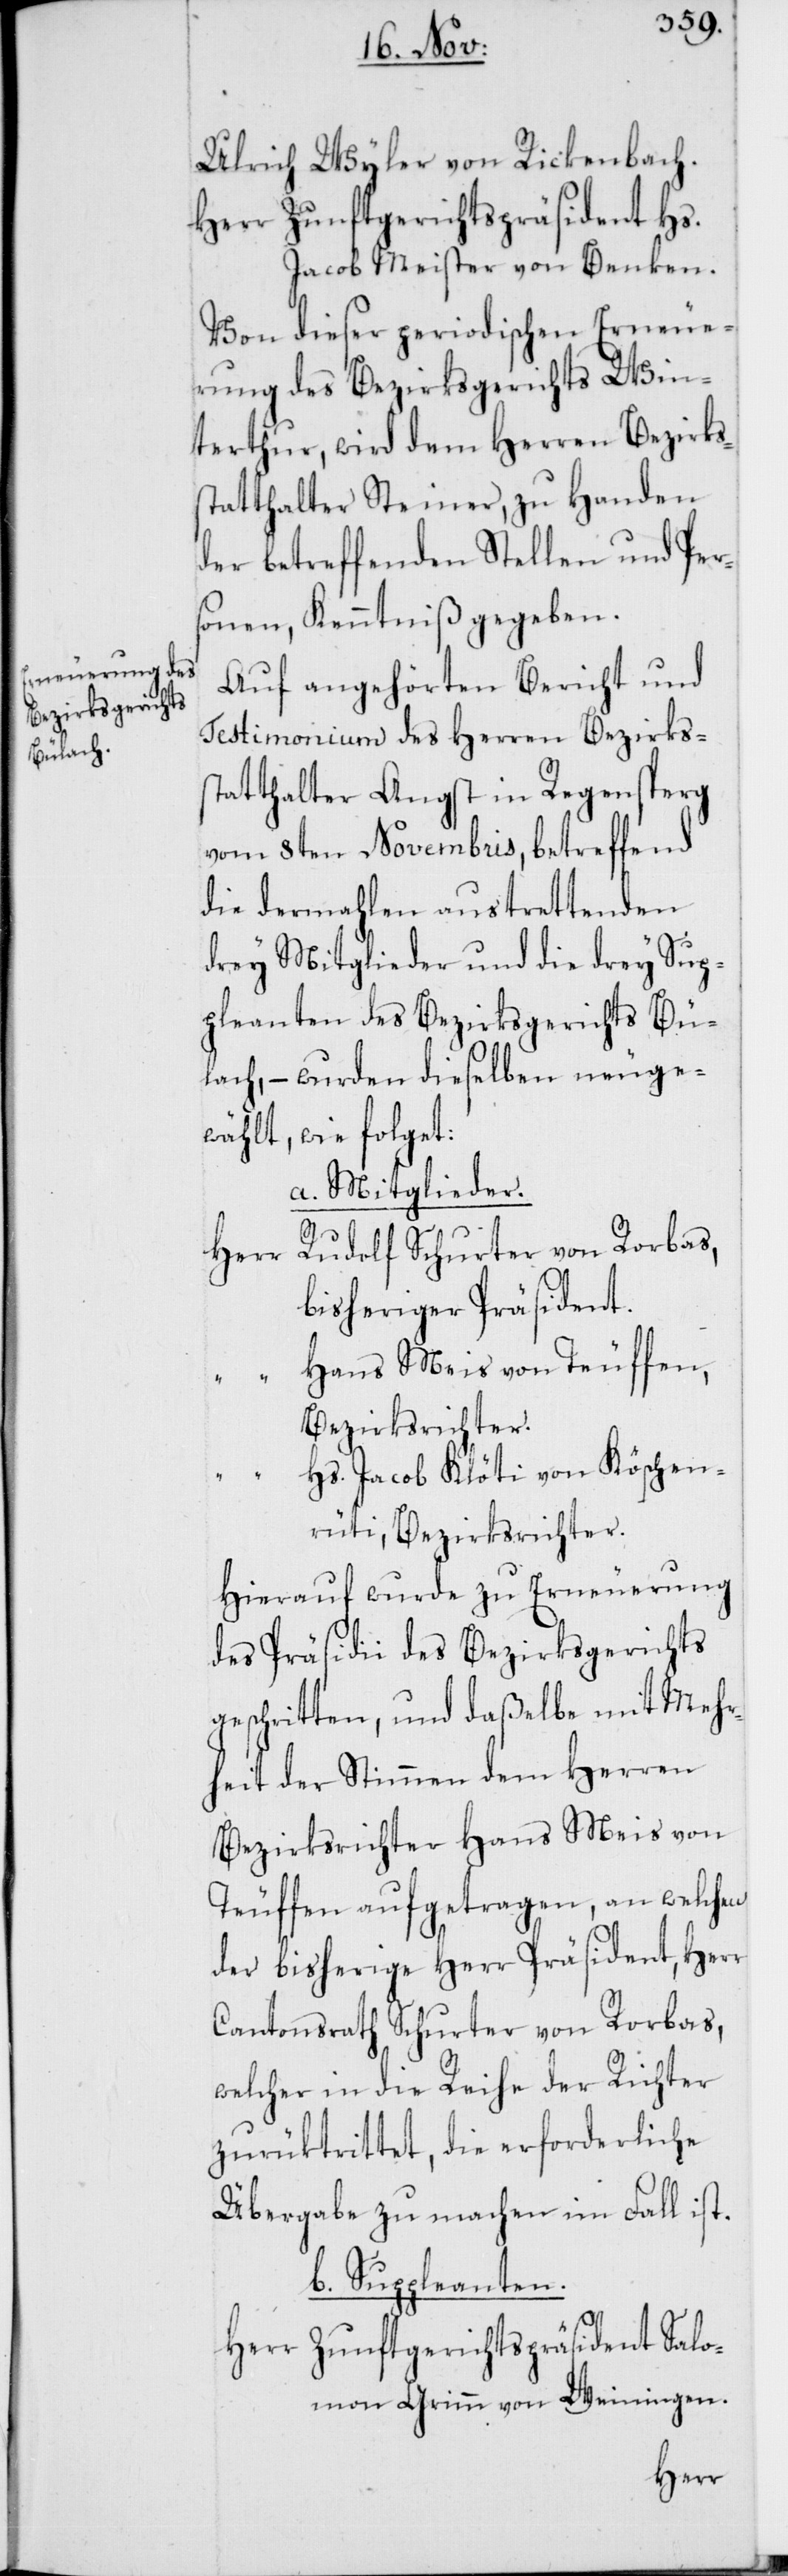
Ulrich Wyler von Rickenbach.
Herr Zunftgerichtspräsident Hs.
Jacob Meister von Benken.
Von dieser periodischen Erneue¬
rung des Bezirksgerichts Win¬
terthur, wird dem Herren Bezirks¬
statthalter Steiner, zu Handen
der betreffenden Stellen und Pers¬
onen, Kenntniß gegeben.
Auf angehörten Bericht und
Testimonium des Herren Bezirks¬
statthalter Angst in Regensperg
vom 8ten Novembris, betreffend
die dermahlen austrettenden
drey Mitglieder und die drey Sup¬
pleanten des Bezirksgerichts Bü¬
lach, – wurden dieselben neuge¬
wählt, wie folget:
a. Mitglieder.
Rudolf Schurter von Rorbas,
bisheriger Präsident.
Hans Meis von Teuffen,
Bezirksrichter.
Hs. Jacob Klöti von Köschen¬
rüti, Bezirksrichter.
Hierauf wurde zu Erneuerung
des Präsidii des Bezirksgerichts
geschritten, und daßelbe mit Mehr¬
heit der Stimmen dem Herren
Bezirksrichter Hans Meis von
Teuffen aufgetragen, an welchen
der bisherige Herr Präsident, Herr
Cantonsrath Schurter von Rorbas,
welcher in die Reihe der Richter
zurüktrittet, die erforderliche
Übergabe zu machen im Fall ist.
b. Suppleanten.
Herr Zunftgerichtspräsident Salo¬
mon Grimm von Weiningen.
Herr